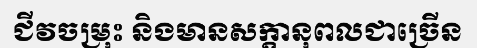
ជីវចម្រុះ និងមានសក្តានុពលជាច្រើន